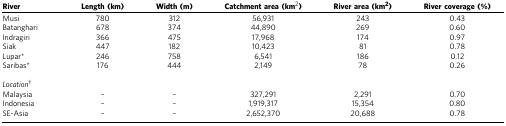
| River | Length (km) | Width (m) | Catchment area (km2) | River area (km2) | River coverage (%) |
 | --- | --- | --- | --- | --- | --- |
 | Musi | 780 | 312 | 56,931 | 243 | 0.43 |
 | Batanghari | 678 | 374 | 44,890 | 269 | 0.60 |
 | Indragiri | 366 | 475 | 17,968 | 174 | 0.97 |
 | Siak | 447 | 182 | 10,423 | 81 | 0.78 |
 | Lupar* | 246 | 758 | 6,541 | 186 | 0.12 |
 | Saribas* | 176 | 444 | 2,149 | 78 | 0.26 |
 |  |  |  |  |  |  |
 | Location† |  |  |  |  |  |
 | Malaysia | – | – | 327,291 | 2,291 | 0.70 |
 | Indonesia | – | – | 1,919,317 | 15,354 | 0.80 |
 | SE-Asia | – | – | 2,652,370 | 20,688 | 0.78 |